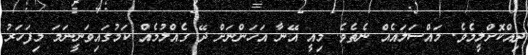
ދިއްކޮށްލީމެވެ. މައްސަލައެއް ނެތެވެ. މިއީ އޭނާ އަހަންނަށް ދޭ ގެއްލުމެއް ކަމުގައިވަނީނަމަ މިފަހަރު